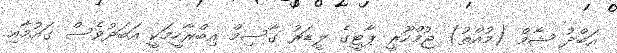
އަބްދު ޝާމް (މުއްތު) ޖުމްހޫރީ ޕާޓީގެ ލީޑަރު ގާސިމް އިބްރާހީމަކީ އަބަދުވެސް ގައުމާއި